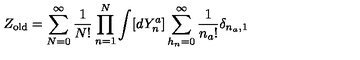
Z _ { \mathrm { o l d } } = \sum _ { N = 0 } ^ { \infty } { \frac { 1 } { N ! } } \prod _ { n = 1 } ^ { N } \int [ d Y _ { n } ^ { a } ] \sum _ { h _ { n } = 0 } ^ { \infty } { \frac { 1 } { n _ { a } ! } } \delta _ { n _ { a } , 1 }